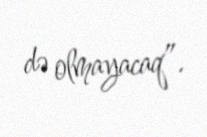
də olmayacaq”.